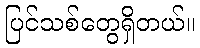
ပြင်သစ်တွေရှိတယ်။